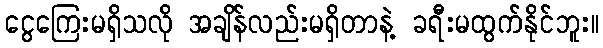
ငွေကြေးမရှိသလို အချိန်လည်းမရှိတာနဲ့ ခရီးမထွက်နိုင်ဘူး။